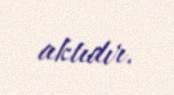
aktıdır.